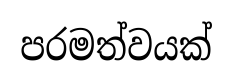
පරමත්වයක්